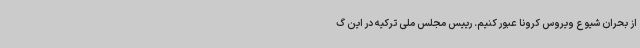
از بحران شیوع ویروس کرونا عبور کنیم. رییس مجلس ملی ترکیه در این گ